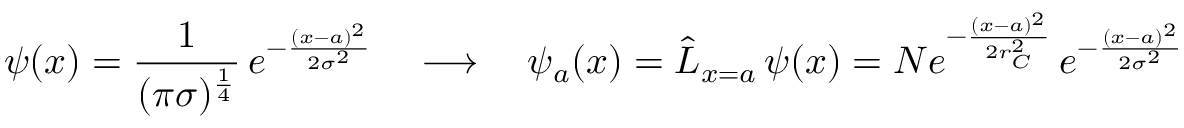
\psi ( x ) = { \frac { 1 } { ( \pi \sigma ) ^ { \frac { 1 } { 4 } } } } \, e ^ { - { \frac { ( x - a ) ^ { 2 } } { 2 \sigma ^ { 2 } } } } \quad \longrightarrow \quad \psi _ { a } ( x ) = { \hat { L } } _ { x = a } \, \psi ( x ) = { \cal { N } } e ^ { - { \frac { ( x - a ) ^ { 2 } } { 2 r _ { C } ^ { 2 } } } } \, e ^ { - { \frac { ( x - a ) ^ { 2 } } { 2 \sigma ^ { 2 } } } }